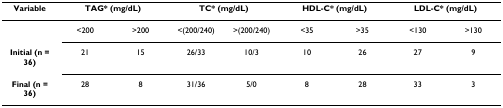
| Variable | <COLSPAN=2> TAG* (mg/dL) | <COLSPAN=2> TC* (mg/dL) | <COLSPAN=2> HDL-C* (mg/dL) | <COLSPAN=2> LDL-C* (mg/dL) |
 | --- | --- | --- | --- | --- | --- | --- | --- | --- |
 |  | <200 | >200 | <(200/240) | >(200/240) | <35 | >35 | <130 | >130 |
 | Initial (n = 36) | 21 | 15 | 26/33 | 10/3 | 10 | 26 | 27 | 9 |
 | Final (n = 36) | 28 | 8 | 31/36 | 5/0 | 8 | 28 | 33 | 3 |